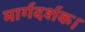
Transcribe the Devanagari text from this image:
मार्गदर्शक।